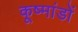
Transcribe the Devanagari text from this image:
कूष्मांडों